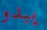
يبدو